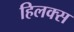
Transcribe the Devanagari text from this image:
हिलक्स